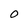
Character: 0